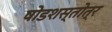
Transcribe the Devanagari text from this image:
षोडशस्तोत्र